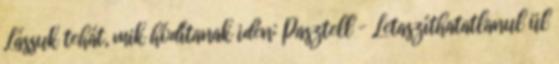
Lássuk tehát, mik hódítanak idén: Pasztell – Letaszíthatatlanul ül